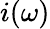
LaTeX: i(\omega)